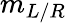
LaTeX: m_{L/R}